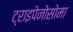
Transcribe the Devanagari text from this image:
ट्राइपेनोसोमा